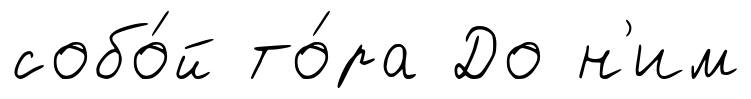
собо́й то́ра До н'им